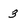
Character: 3